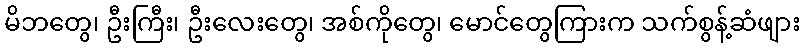
မိဘတွေ၊ ဦးကြီး၊ ဦးလေးတွေ၊ အစ်ကိုတွေ၊ မောင်တွေကြားက သက်စွန့်ဆံဖျား